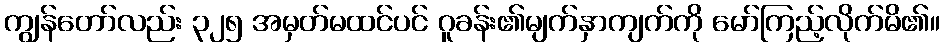
ကျွန်တော်လည်း ၃၂၅ အမှတ်မထင်ပင် ဂူခန်း၏မျက်နှာကျက်ကို မော်ကြည့်လိုက်မိ၏။